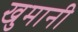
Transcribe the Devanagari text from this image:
खुमानी